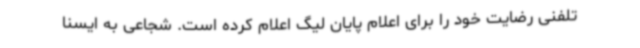
تلفنی رضایت خود را برای اعلام پایان لیگ اعلام کرده است. شجاعی به ایسنا